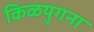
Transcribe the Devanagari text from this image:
किळयुगना